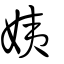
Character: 姨